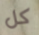
كل